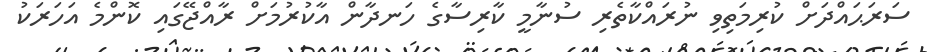
ސަރަޙައްދަށް ކުރިމަތިވި ނުރައްކާތެރި ސުނާމީ ކާރިސާގެ ހަނދާން އާކުރުމަށް ރާއްޖޭގައި ކޮންމެ އަހަރަކު